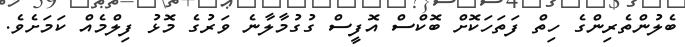
ބެލުންތެރިންގެ ހިތް ފަތަހަކޮށް ބޮކްސް އޮފީސް ގުގުމާލާނެ ވަރުގެ މޮޅު ފިލްމެއް ކަމަށެވެ.